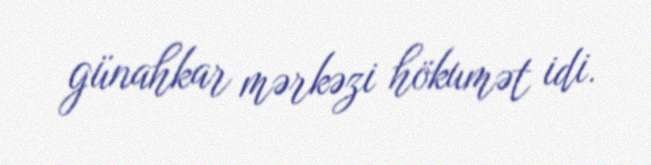
günahkar mərkəzi hökumət idi.